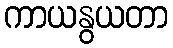
ကာယနွယတာ